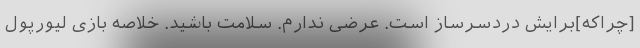
[چراکه]برایش دردسرساز است. عرضی ندارم. سلامت باشید. خلاصه بازی لیورپول